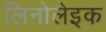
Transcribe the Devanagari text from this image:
लिनोलेइक